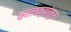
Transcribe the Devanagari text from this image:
कालव्यांतून